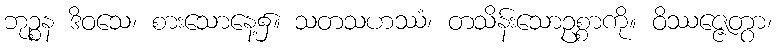
ဘုဉ္စန ဒိဝသေ၊ စားသောနေ့၌။ သတသဟဿံ၊ တသိန်းသောဥစ္စာကို။ ဝိဿဇ္ဇေတွာ၊